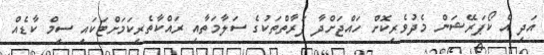
އަދި އެ ކޯޕަރޭޝަން މެދުވެރިކޮށް ހައްޖަށްދާ ފަރާތްތަކުގެ ސަލާމަތާއި ރައްކާތެރިކަމަށްޓަކައި ސިމް ކާޑެއް